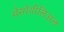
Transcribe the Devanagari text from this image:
मेसोथीलिअल